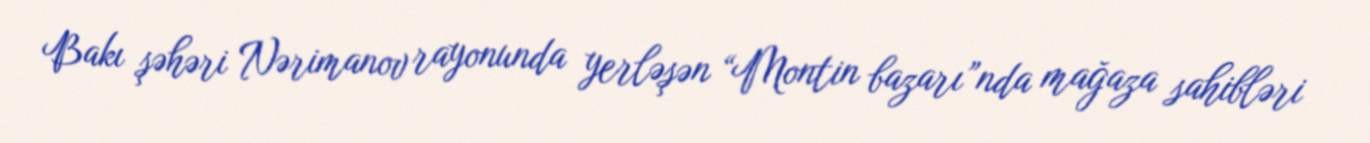
Bakı şəhəri Nərimanov rayonunda yerləşən “Montin bazarı”nda mağaza sahibləri